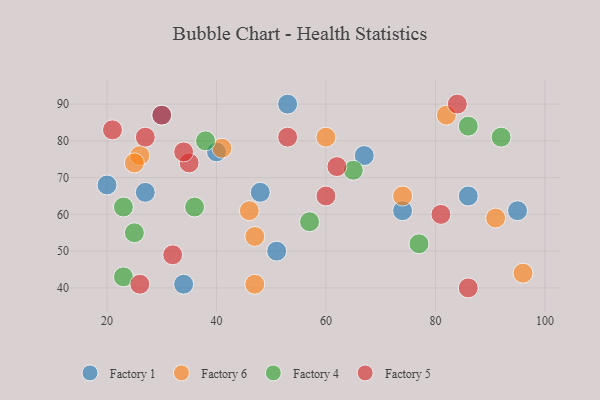
{"axis": {"x": "GDP", "y": "Life Expectancy"}, "legend": ["Factory 1", "Factory 4", "Factory 5", "Factory 6"], "data": [{"x": "20", "y": 68, "type": "Factory 1"}, {"x": "51", "y": 50, "type": "Factory 1"}, {"x": "95", "y": 61, "type": "Factory 1"}, {"x": "27", "y": 66, "type": "Factory 1"}, {"x": "30", "y": 87, "type": "Factory 1"}, {"x": "53", "y": 90, "type": "Factory 1"}, {"x": "40", "y": 77, "type": "Factory 1"}, {"x": "67", "y": 76, "type": "Factory 1"}, {"x": "34", "y": 41, "type": "Factory 1"}, {"x": "86", "y": 65, "type": "Factory 1"}, {"x": "48", "y": 66, "type": "Factory 1"}, {"x": "74", "y": 61, "type": "Factory 1"}, {"x": "47", "y": 54, "type": "Factory 6"}, {"x": "46", "y": 61, "type": "Factory 6"}, {"x": "41", "y": 78, "type": "Factory 6"}, {"x": "26", "y": 76, "type": "Factory 6"}, {"x": "60", "y": 81, "type": "Factory 6"}, {"x": "82", "y": 87, "type": "Factory 6"}, {"x": "96", "y": 44, "type": "Factory 6"}, {"x": "25", "y": 74, "type": "Factory 6"}, {"x": "74", "y": 65, "type": "Factory 6"}, {"x": "91", "y": 59, "type": "Factory 6"}, {"x": "47", "y": 41, "type": "Factory 6"}, {"x": "36", "y": 62, "type": "Factory 4"}, {"x": "92", "y": 81, "type": "Factory 4"}, {"x": "23", "y": 62, "type": "Factory 4"}, {"x": "38", "y": 80, "type": "Factory 4"}, {"x": "77", "y": 52, "type": "Factory 4"}, {"x": "57", "y": 58, "type": "Factory 4"}, {"x": "23", "y": 43, "type": "Factory 4"}, {"x": "25", "y": 55, "type": "Factory 4"}, {"x": "86", "y": 84, "type": "Factory 4"}, {"x": "65", "y": 72, "type": "Factory 4"}, {"x": "27", "y": 81, "type": "Factory 5"}, {"x": "84", "y": 90, "type": "Factory 5"}, {"x": "35", "y": 74, "type": "Factory 5"}, {"x": "53", "y": 81, "type": "Factory 5"}, {"x": "21", "y": 83, "type": "Factory 5"}, {"x": "60", "y": 65, "type": "Factory 5"}, {"x": "30", "y": 87, "type": "Factory 5"}, {"x": "26", "y": 41, "type": "Factory 5"}, {"x": "32", "y": 49, "type": "Factory 5"}, {"x": "62", "y": 73, "type": "Factory 5"}, {"x": "86", "y": 40, "type": "Factory 5"}, {"x": "81", "y": 60, "type": "Factory 5"}, {"x": "34", "y": 77, "type": "Factory 5"}]}